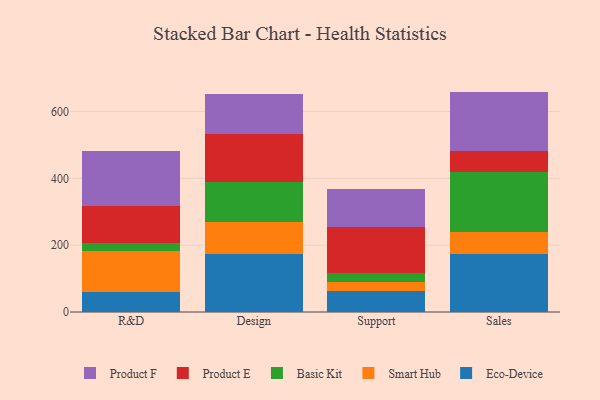
{"axis": {"x": "Department", "y": "Headcount"}, "legend": ["Basic Kit", "Eco-Device", "Product E", "Product F", "Smart Hub"], "data": [{"x": "R&D", "y": 61.1, "type": "Eco-Device"}, {"x": "R&D", "y": 120.0, "type": "Smart Hub"}, {"x": "R&D", "y": 24.1, "type": "Basic Kit"}, {"x": "R&D", "y": 113.5, "type": "Product E"}, {"x": "R&D", "y": 162.1, "type": "Product F"}, {"x": "Design", "y": 173.7, "type": "Eco-Device"}, {"x": "Design", "y": 94.9, "type": "Smart Hub"}, {"x": "Design", "y": 119.0, "type": "Basic Kit"}, {"x": "Design", "y": 145.7, "type": "Product E"}, {"x": "Design", "y": 120.0, "type": "Product F"}, {"x": "Support", "y": 63.3, "type": "Eco-Device"}, {"x": "Support", "y": 25.9, "type": "Smart Hub"}, {"x": "Support", "y": 27.1, "type": "Basic Kit"}, {"x": "Support", "y": 137.4, "type": "Product E"}, {"x": "Support", "y": 114.2, "type": "Product F"}, {"x": "Sales", "y": 172.4, "type": "Eco-Device"}, {"x": "Sales", "y": 66.9, "type": "Smart Hub"}, {"x": "Sales", "y": 178.5, "type": "Basic Kit"}, {"x": "Sales", "y": 64.5, "type": "Product E"}, {"x": "Sales", "y": 177.3, "type": "Product F"}]}